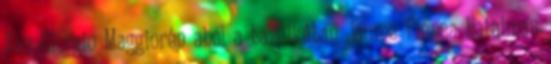
San Giorgio Maggiorén ahol a bazilikában Jaume Plensa hatalmas